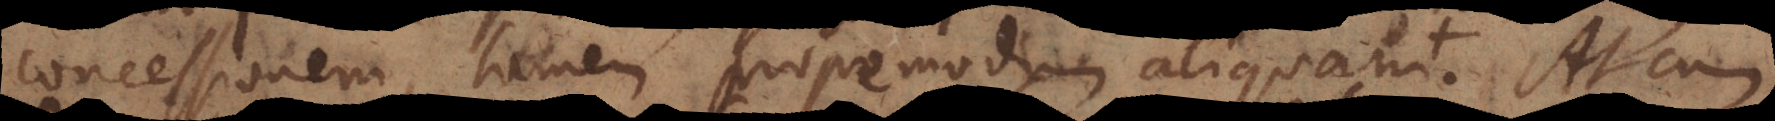
concessionem, tamen propemodum aliquam. At cum